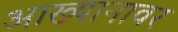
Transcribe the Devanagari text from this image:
आख्यानावर